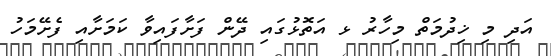
އަދި މި ޚިދުމަތް މިހާރު ޅ އަތޮޅުގައި ދޭން ފަށާފައިވާ ކަމަށާއި ފެށޭމަހު